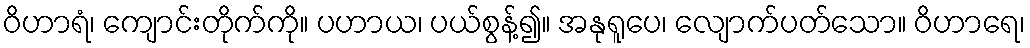
ဝိဟာရံ၊ ကျောင်းတိုက်ကို။ ပဟာယ၊ ပယ်စွန့်၍။ အနုရူပေ၊ လျောက်ပတ်သော။ ဝိဟာရေ၊